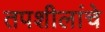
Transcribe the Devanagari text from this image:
तपशीलांचे